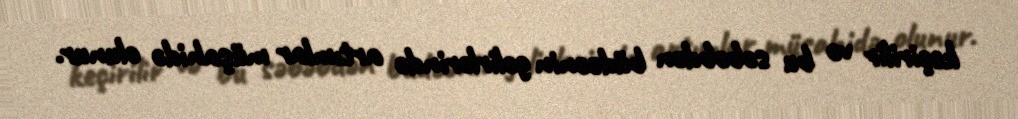
keçirilir və bu səbəbdən büdcənin gəlirlərində artımlar müşahidə olunur.